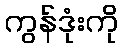
ကွန်ဒုံးကို